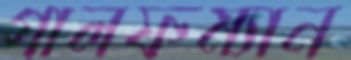
গালফম্যান